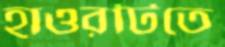
হাওরটিতে